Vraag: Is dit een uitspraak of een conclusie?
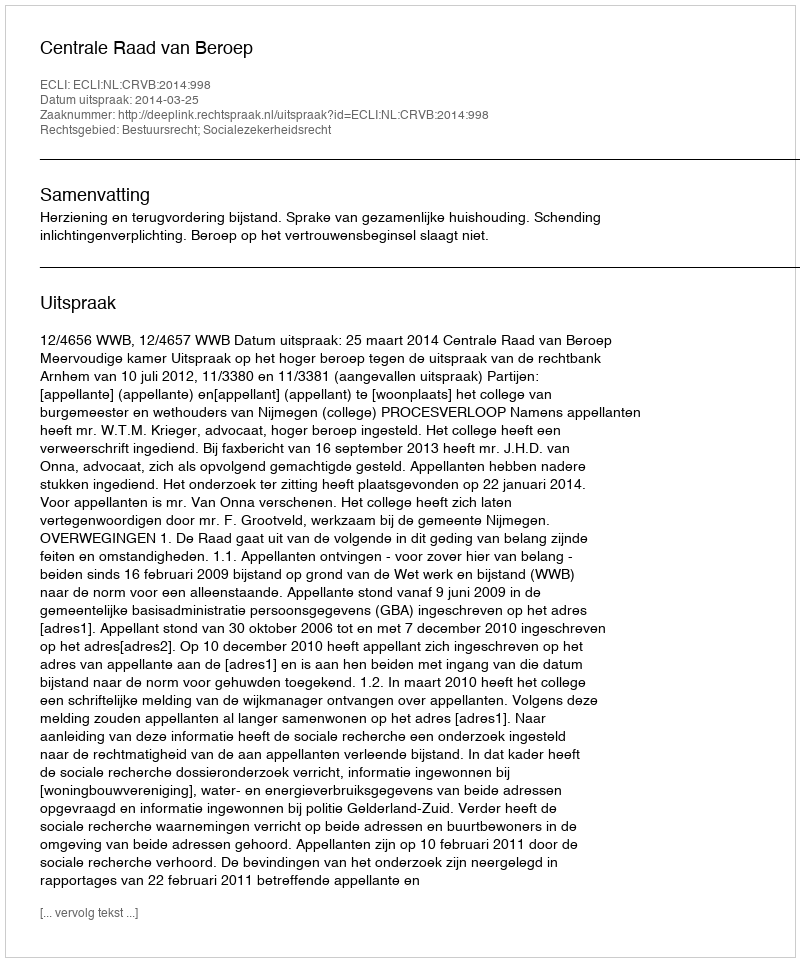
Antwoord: Uitspraak